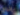
بإخراج